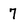
Character: 7